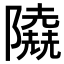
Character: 𨽐